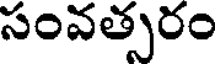
సంవత్సరం